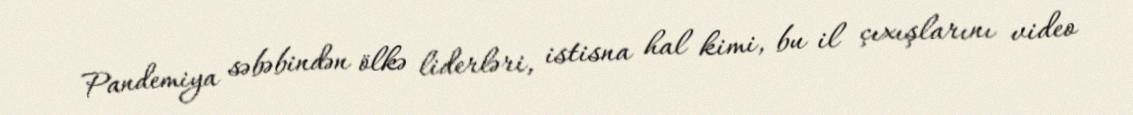
Pandemiya səbəbindən ölkə liderləri, istisna hal kimi, bu il çıxışlarını video